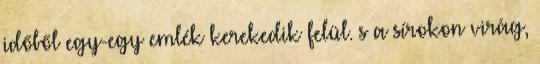
időből egy-egy emlék kerekedik felül. s a sírokon virág,